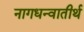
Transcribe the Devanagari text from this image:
नागधन्वातीर्थ